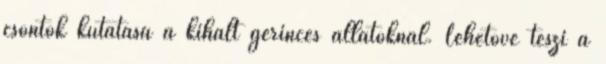
csontok kutatása a kihalt gerinces állatoknál. Lehetővé teszi a